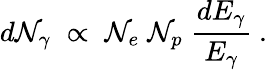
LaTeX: d\mathcal{N}_{\gamma}\; \propto\; \mathcal{N}_{e}\; \mathcal{N}_{p}\; {\frac{{dE_{\gamma}}}{{E_{\gamma}}}}\ .